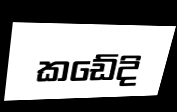
කඩේදි